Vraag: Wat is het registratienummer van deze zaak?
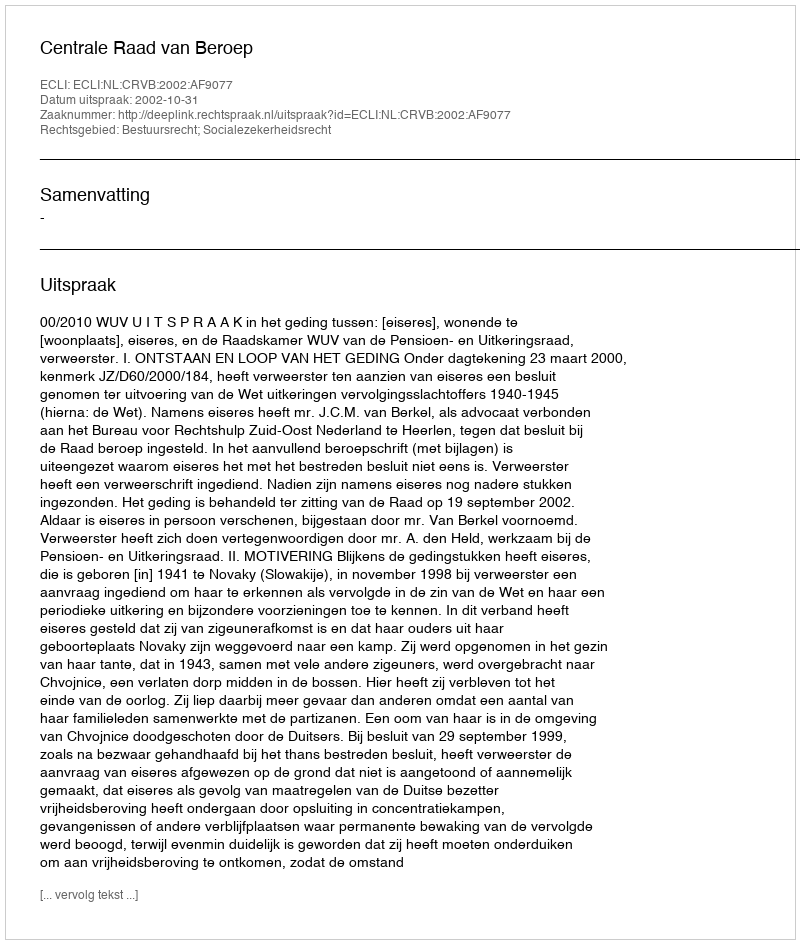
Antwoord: http://deeplink.rechtspraak.nl/uitspraak?id=ECLI:NL:CRVB:2002:AF9077